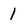
Character: 1